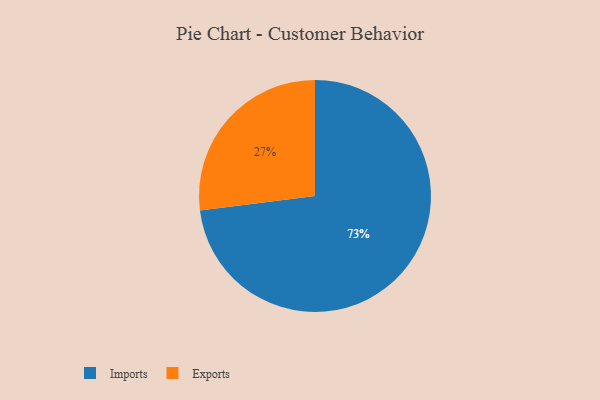
{"axis": {"x": "Category", "y": "Percentage"}, "legend": ["Exports", "Imports"], "data": [{"x": "Exports", "y": 27, "type": "Exports"}, {"x": "Imports", "y": 73, "type": "Imports"}]}